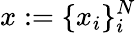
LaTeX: x:=\{ x_{i}\} _{i}^{N}